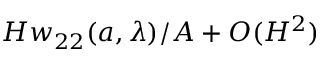
H w _ { 2 2 } ( { a } , \lambda ) / A + O ( H ^ { 2 } )